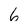
Character: 6